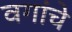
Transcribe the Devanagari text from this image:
वगांचे